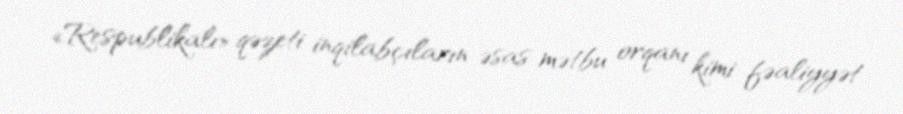
«Respublikalı» qəzeti inqilabçıların əsas mətbu orqanı kimi fəaliyyət